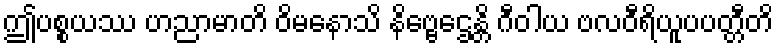
ဤပစ္စယဿ ဟညာမာတိ ဝိမနောသိ နိဗ္ဗေဌေန္တိ ဂီဝါယ ဗလဝီရိယူပပတ္တီတိ